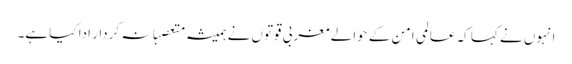
انہوں نے کہا کہ عالمی امن کے حوالے مغربی قوتوں نے ہمیشہ متعصبانہ کردار ادا کیا ہے۔